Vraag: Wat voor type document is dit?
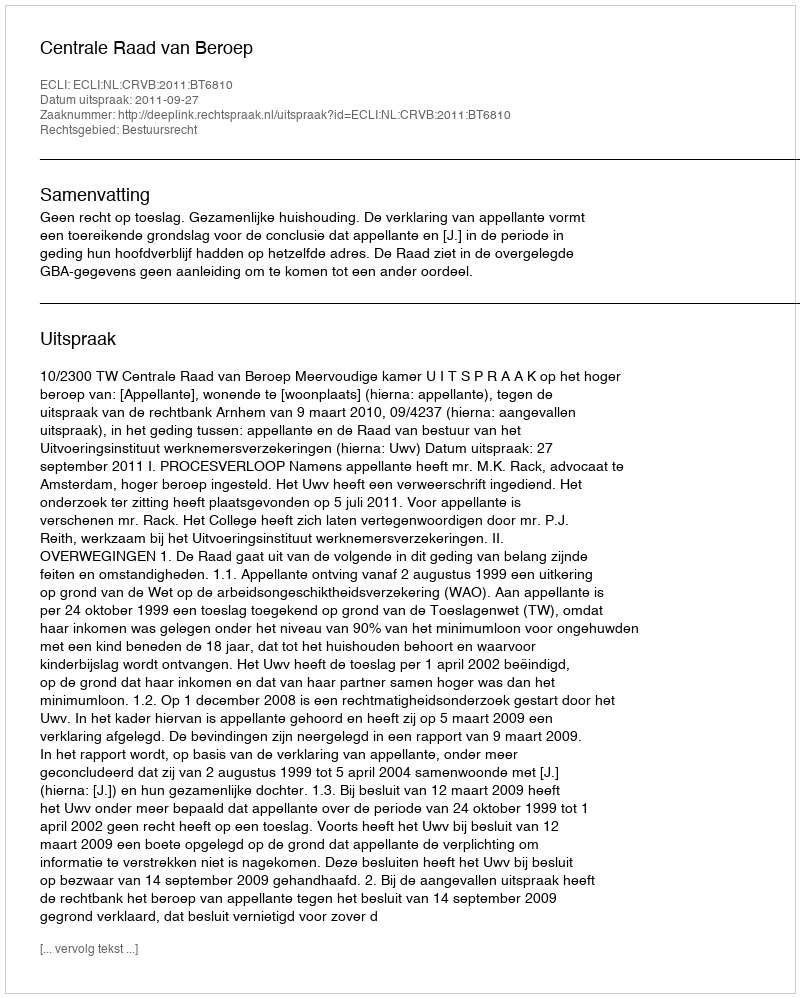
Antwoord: Uitspraak